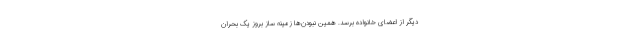
دیگر از اعضای خانواده برسد. همین نبودن‌ها زمینه ساز بروز یک بحران